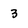
Character: 3